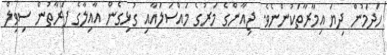
ހަދަމުން ދިޔަ އިމާރާތަކުންނެވެ. ޖިއާންގެ މަރުގެ މައްސަލައާއި ގުޅިގެން އާއިލާގެ ފަރާތުން ސިވިލް